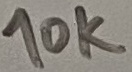
Text: 10K